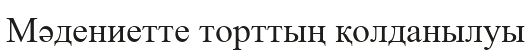
Мәдениетте торттың қолданылуы